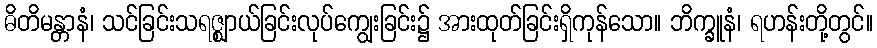
ဓိတိမန္တာနံ၊ သင်ခြင်းသရဇ္ဈာယ်ခြင်းလုပ်ကျွေးခြင်း၌ အားထုတ်ခြင်းရှိကုန်သော။ ဘိက္ခူနံ၊ ရဟန်းတို့တွင်။